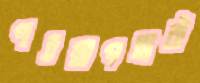
পরস্বাপহারী